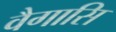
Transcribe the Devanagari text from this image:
वैगासि